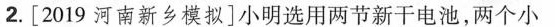
2.[2019河南新乡模拟]小明选用两节新干电池，两个小